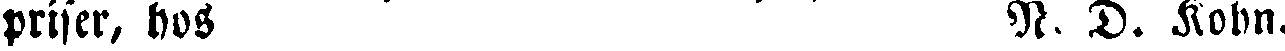
priser, hos N- D. Kohn.